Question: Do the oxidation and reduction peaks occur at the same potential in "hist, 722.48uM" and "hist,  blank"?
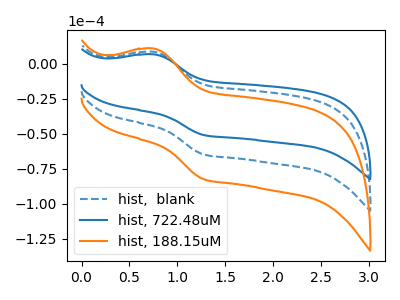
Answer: <think>The blue dashed curve "hist,  blank" has an anodic peak at (0.75V, 8.45uA) and a cathodic peak at (1.25V, -64.70uA). The blue curve "hist, 722.48uM" has an anodic peak at (0.75V, 6.65uA) and a cathodic peak at (1.25V, -50.85uA). The orange curve "hist, 188.15uM" has an anodic peak at (0.75V, 16.95uA) and a cathodic peak at (1.25V, -129.40uA).</think>
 <answer>Yes, "hist, 722.48uM" have a peak in "hist,  blank" at the same potential.</answer>
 <eval>match</eval>